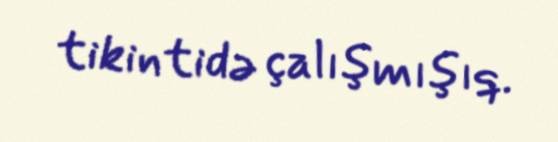
tikintidə çalışmışıq.